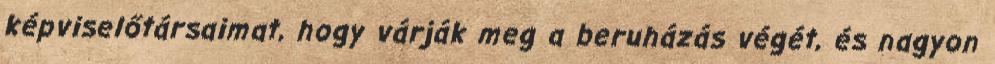
képviselőtársaimat, hogy várják meg a beruházás végét, és nagyon